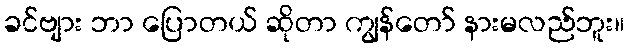
ခင်ဗျား ဘာ ပြောတယ် ဆိုတာ ကျွန်တော် နားမလည်ဘူး။